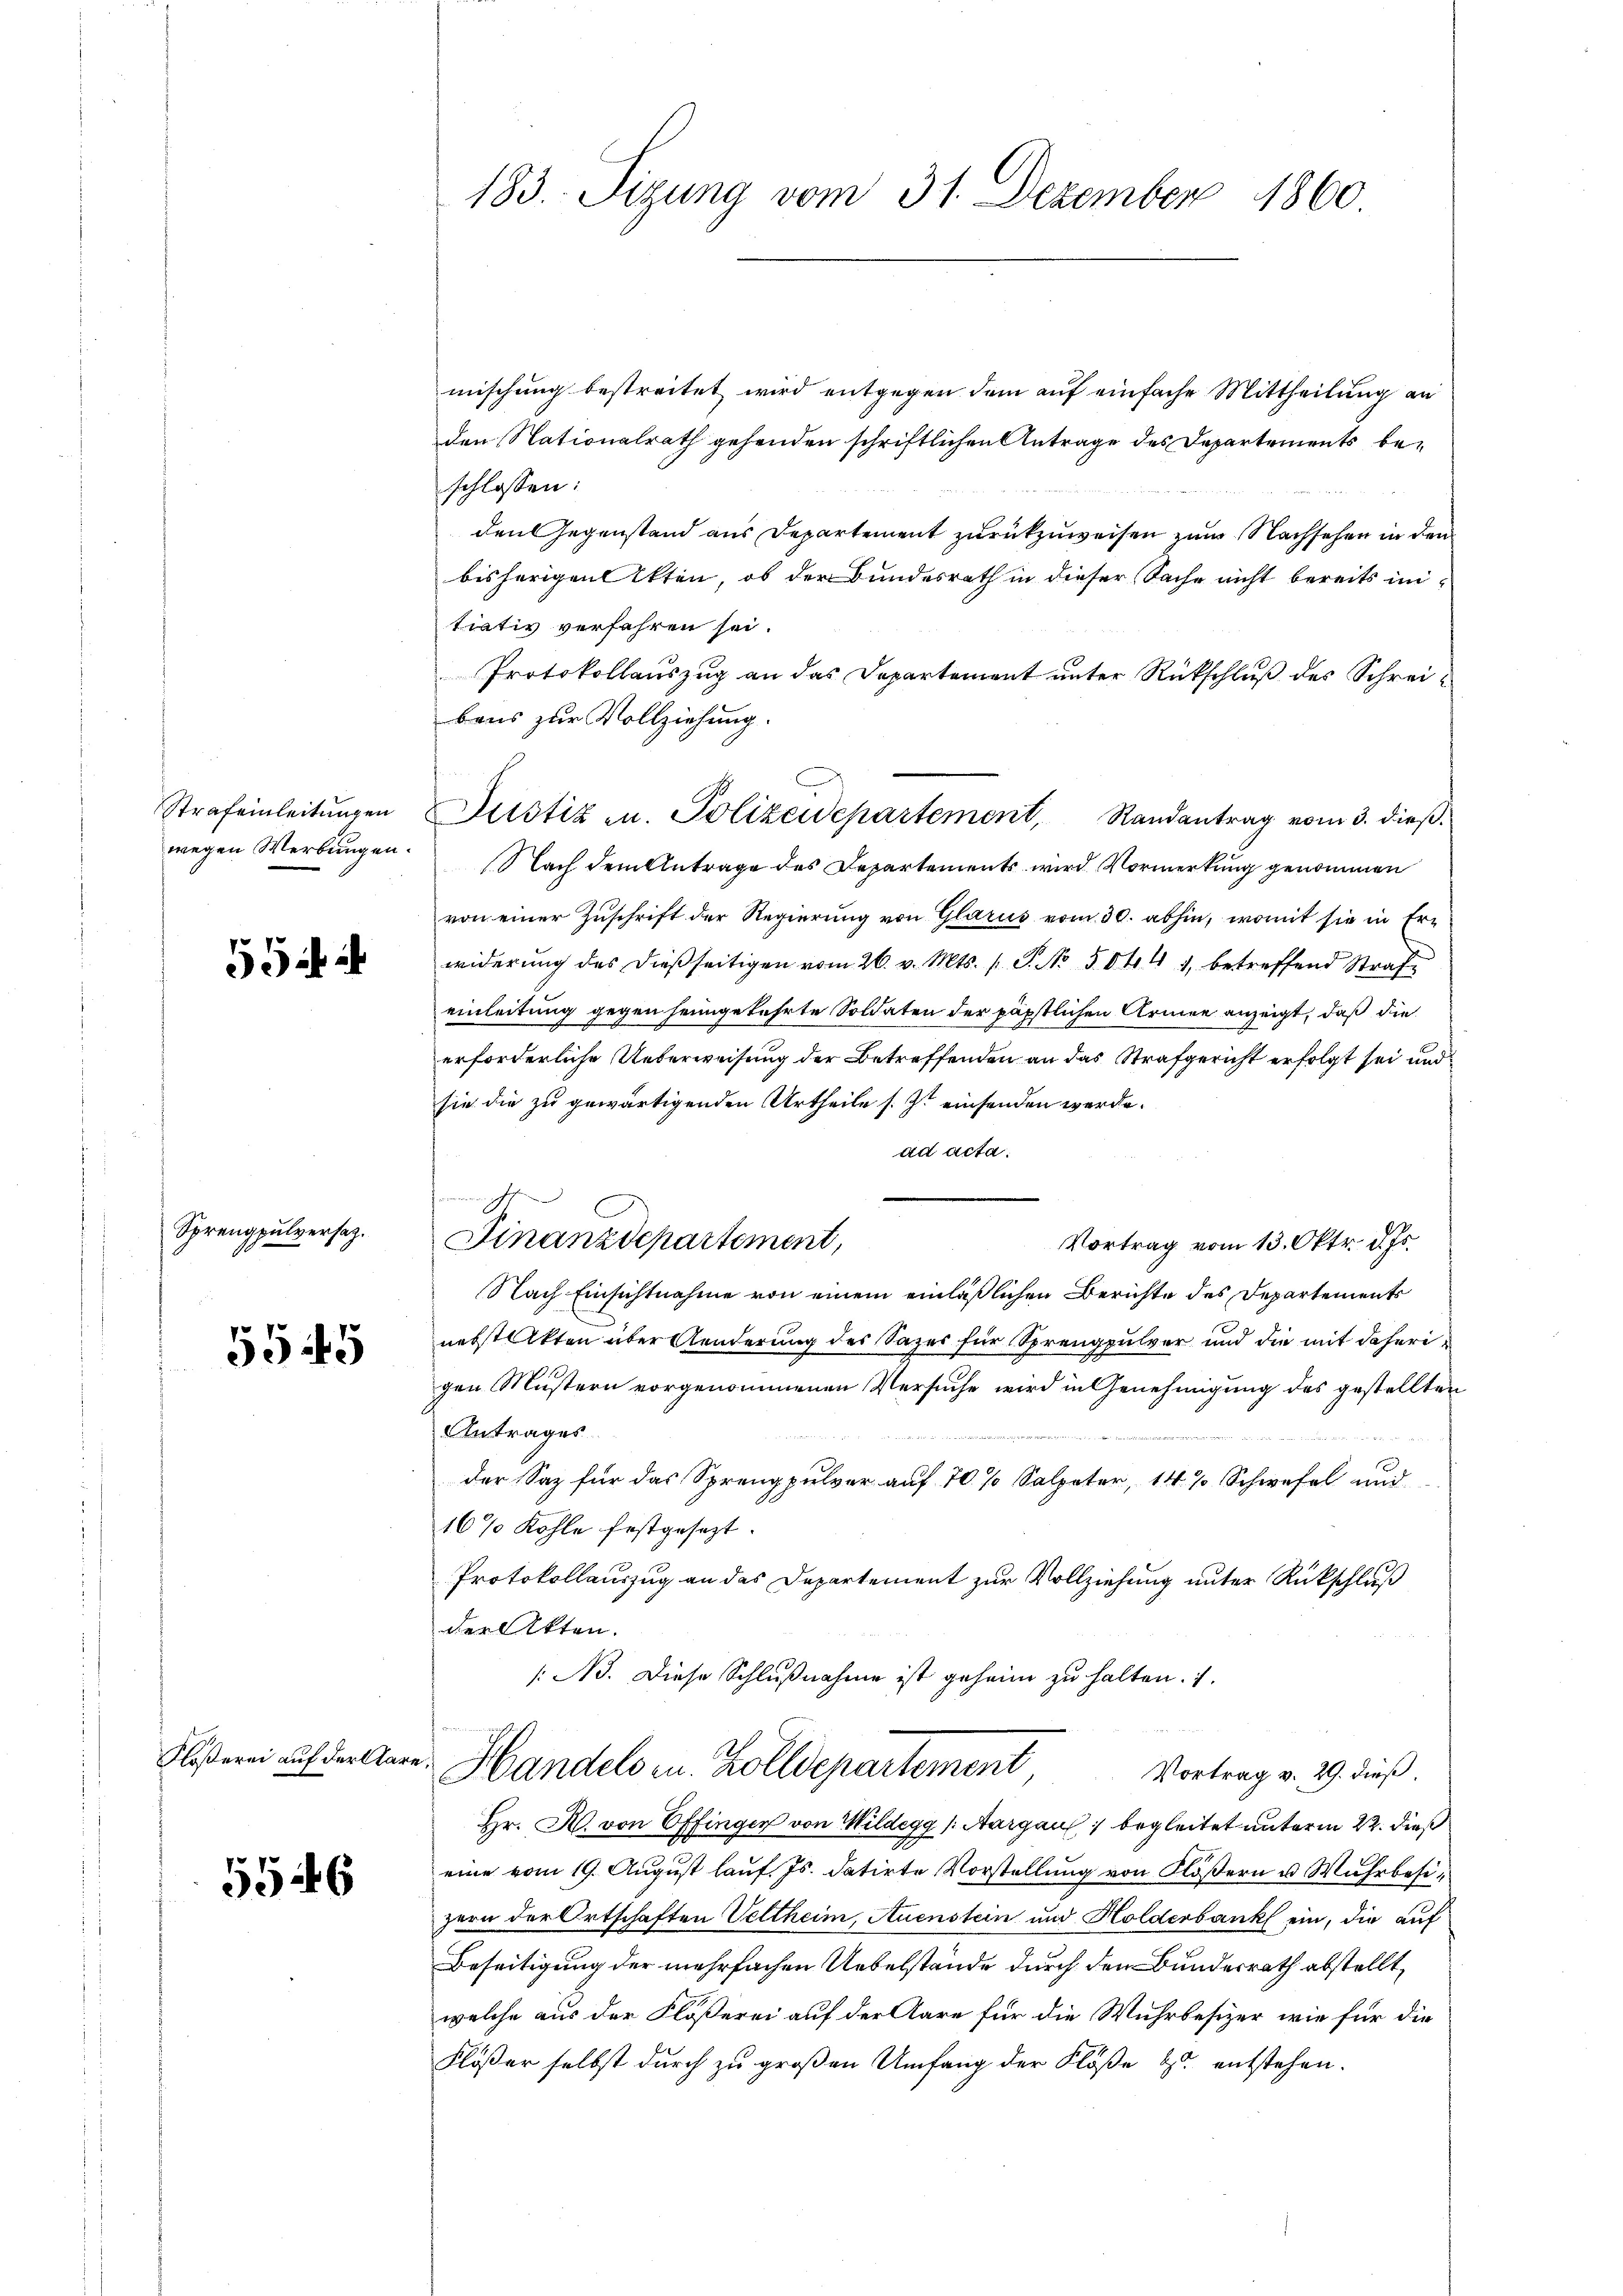
Strafeinleitungen
wegen Werbungen.

5 ib

Sprengpulversatz.

5545

Flößerei auf der Aare:

556

183. Sizung vom 31. Dezember 1860

mischung bestreitet wird entgegen dem auf einfache Mittheilung an
den Nationalrath gehenden schriftlichen Antrage des Departements beschlossen:
den Gegenstand aus Departement zurückzuweisen zum Nachsehen in den
bisherigen Akten, ob der Bundesrath in dieser Sache nicht bereits intiativ verfahren sei.
Protokollauszug an das Departement unter Rückschluß des Schreibaus zur Vollziehung.
Nach dem Antrage des Departements wird Vormerkung genommen
von einer Zuschrift der Regierung von Glarus vom 30. abhin, womit sie in Erwiderung des dießseitigen vom 26. v. Mts. (T. No 50441, betreffend Straf
einleitung gegen heimgekehrte Soldaten der päpstlichen Armee anzeigt, daß die
erforderliche Ueberweisung der Betreffenden an das Strafgericht erfolgt sei und
sie die zu gewärtigenden Urtheile s. Z. einsenden werde.
ad acta.
Finanzdepartement,
Vortrag vom 13. Oktr. d. Js.
Nach Einsichtnahme von einem einläßlichen Berichte des Departements
nebsteckten über Aenderung des Sazes für Sprengpulver und die mit daherigen Mustern vorgenommenen Versuche wird in Genehmigung des gestellten
Antrages
.

der Saz für das Sprengpulver auf 70 % Salpeter, 14 % Schwefel und
16% Kohle festgesezt.
Protokollauszug an das Departement zur Vollziehung unter Rückschluß
der Akten.
/B. Diese Schlußnahme ist geheim zu halten. 1.
Handels in Zolldepartement
Vortrag v. 29. dieß
Hr. H. von Effingen von Mildegg (Aargau begleitet unterm 22. dieß
eine vom 19. August lauf Js. datirte Vorstellung von Flößern u Wuhrbesizern der Ortschaften Veltheim, Auenstein und Holderbank ein, die auf
Beseitigung der mehrfachen Uebelstände durch den Bundesrath abstellt,
welche aus der Flößerei auf der Aare für die Wuhrbesizer wie für die
Flösser selbst durch zu großen Umfang der Flöße zu entstehen.

unn ich

Justiz u. Polizeidepartement, Randantrag vom 3. dieß.